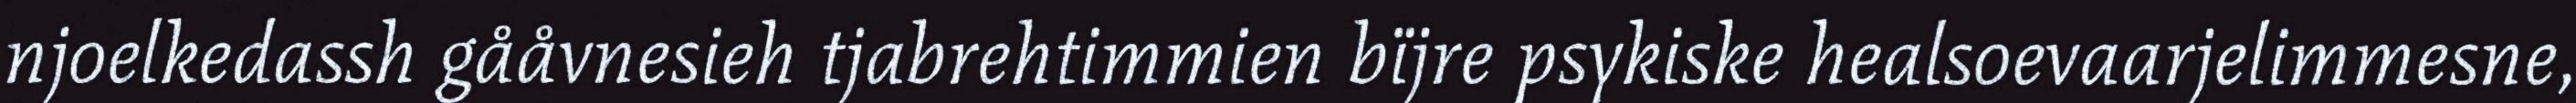
njoelkedassh gååvnesieh tjabrehtimmien bïjre psykiske healsoevaarjelimmesne,